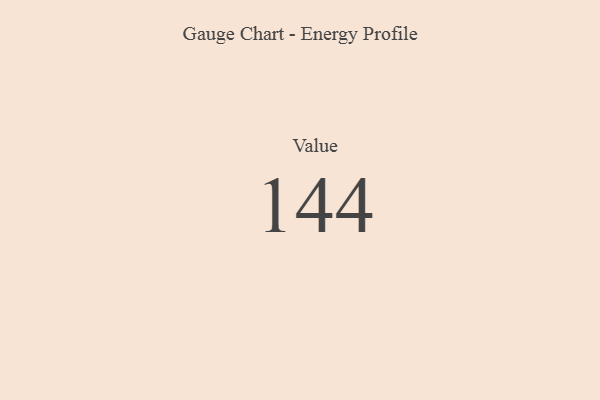
{"axis": {"x": "Metric", "y": "Value"}, "legend": [""], "data": [{"x": "Value", "y": 144, "type": ""}]}